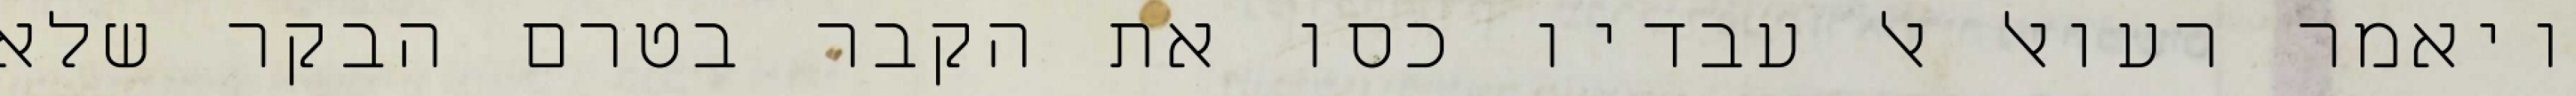
ויאמר רעואל אל עבדיו כסו את הקבר בטרם הבקר שלא